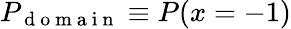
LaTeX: P_{\mathrm{~d~o~m~a~i~n~}}\equiv P(x=-1)